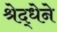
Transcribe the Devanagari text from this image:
श्रेद्धेने